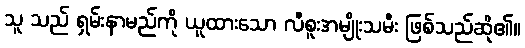
သူ သည် ရှမ်းနာမည်ကို ယူထားသော လီစူးအမျိုးသမီး ဖြစ်သည်ဆို၏။